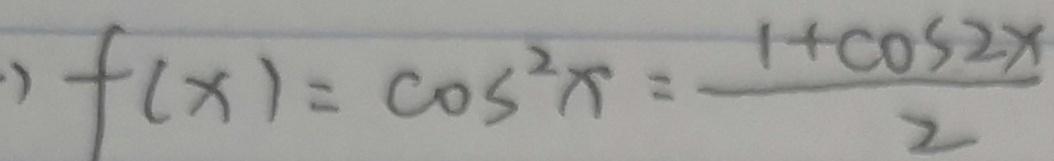
) f ( x ) = \cos ^ { 2 } x = \frac { 1 + \cos 2 x } { 2 }